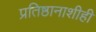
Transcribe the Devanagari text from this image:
प्रतिष्ठानाशीही